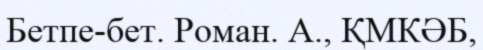
Бетпе-бет. Роман. А., ҚМКӘБ,